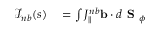
\begin{array} { r l } { \mathcal { I } _ { n b } ( s ) } & { { } = \int { J _ { \| } ^ { n b } \mathbf { b } \cdot d \textbf { S } _ { \phi } } } \end{array}